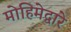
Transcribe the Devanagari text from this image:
मोहिमेद्वारे